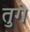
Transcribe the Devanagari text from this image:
तुगे